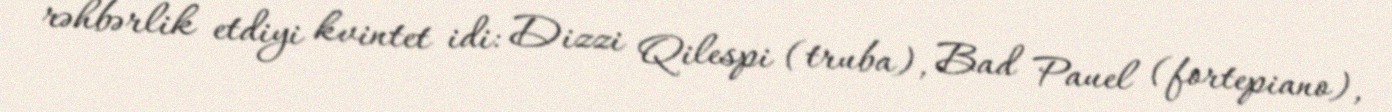
rəhbərlik etdiyi kvintet idi: Dizzi Qilespi (truba), Bad Pauel (fortepiano),